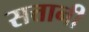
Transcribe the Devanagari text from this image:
सत्तानी